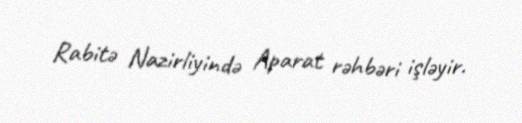
Rabitə Nazirliyində Aparat rəhbəri işləyir.